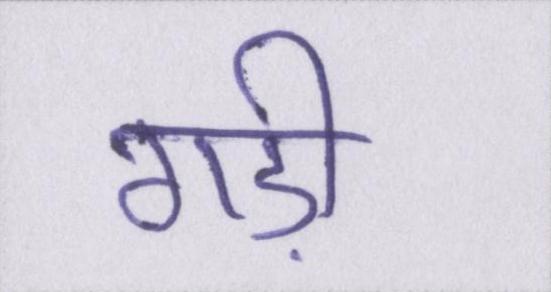
गड़ी